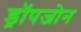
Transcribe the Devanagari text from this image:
ड्रॉपजोन